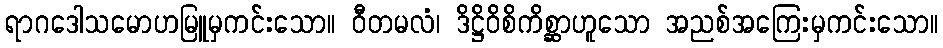
ရာဂဒေါသမောဟမြူမှကင်းသော။ ဝီတမလံ၊ ဒိဋ္ဌိဝိစိကိစ္ဆာဟူသော အညစ်အကြေးမှကင်းသော။